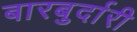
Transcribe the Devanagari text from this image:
बारबुर्दारी